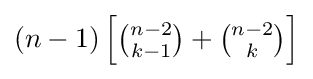
{\textstyle (n-1)\left[{\binom {n-2}{k-1}}+{\binom {n-2}{k}}\right]}